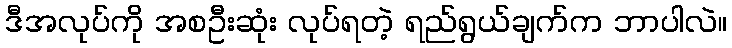
ဒီအလုပ်ကို အစဦးဆုံး လုပ်ရတဲ့ ရည်ရွယ်ချက်က ဘာပါလဲ။